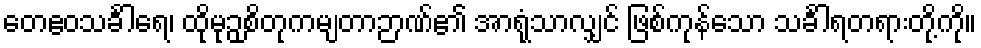
တေဧဝသင်္ခါရေ၊ ထိုမုဉှစိတုကမျတာဉာဏ်၏ အာရုံသာလျှင် ဖြစ်ကုန်သော သင်္ခါရတရားတို့ကို။